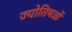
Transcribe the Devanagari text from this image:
ज्योतिषज्ञों